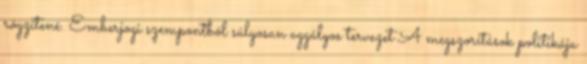
rögzítené. Emberjogi szempontból súlyosan aggályos tervezet A megszorítások politikája